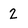
Character: 2